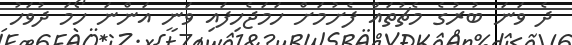
ދެ ވަނަ ބުރުގެ މެޗުތައް ފެށުމަށް ހަމަޖެހިފައި ވަނީ އަންނަ ހޯމަ ދުވަހު